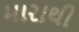
મારાથી